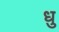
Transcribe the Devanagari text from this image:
धु